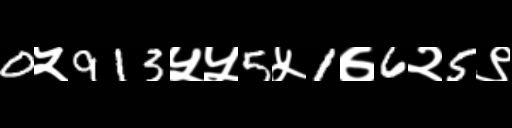
Text: 0५913५५5५1७6२5९